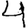
Digit: 4